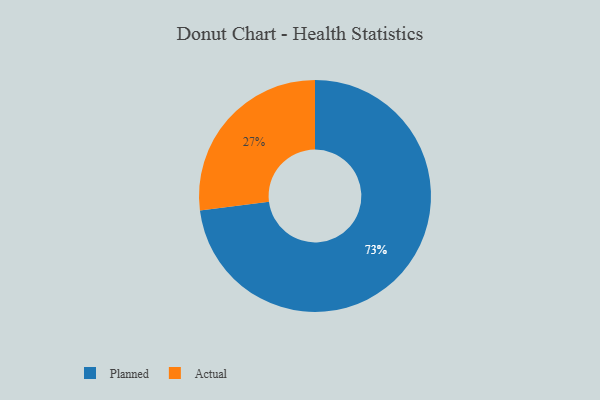
{"axis": {"x": "Category", "y": "Percentage"}, "legend": ["Actual", "Planned"], "data": [{"x": "Planned", "y": 73, "type": "Planned"}, {"x": "Actual", "y": 27, "type": "Actual"}]}